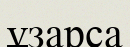
ұзарса